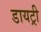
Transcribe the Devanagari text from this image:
डायट्री